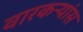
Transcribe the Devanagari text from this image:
वारकऱ्यांस